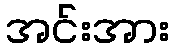
အင်းအား